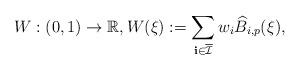
LaTeX: \begin{align*} W : (0,1) \rightarrow \mathbb{R}, W({\xi}) := \sum_{\mathbf{i} \in \overline{\mathcal{I}}} w_{{i}} \widehat{B}_{{i},{p}}({\xi}),\end{align*}